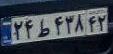
۲۴ط۴۳۸۴۲